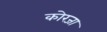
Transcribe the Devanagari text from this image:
कोरजा